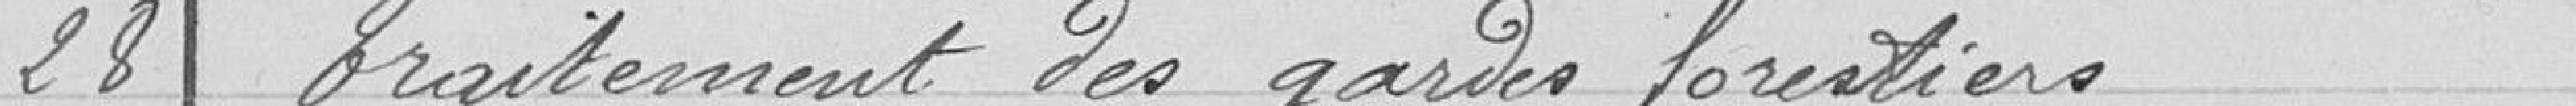
28 Traitement des gardes forestiers